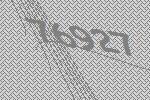
76927